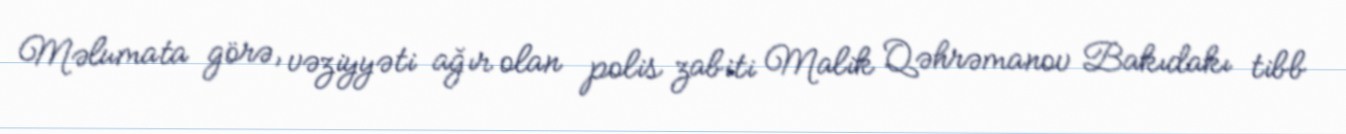
Məlumata görə, vəziyyəti ağır olan polis zabiti Malik Qəhrəmanov Bakıdakı tibb